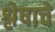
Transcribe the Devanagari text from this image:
श्लेषाचे